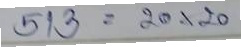
513 = 20x20